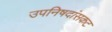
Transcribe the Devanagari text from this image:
उपनिषदांसकट